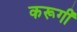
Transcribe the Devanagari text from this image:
करूगीं